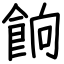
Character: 餉